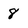
Character: 8